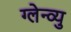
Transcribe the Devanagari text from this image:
ग्लेन्व्यु